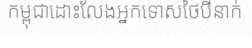
កម្ពុជាដោះលែងអ្នកទោសថៃបីនាក់